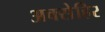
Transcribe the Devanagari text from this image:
अक्सेहिर